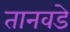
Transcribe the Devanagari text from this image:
तानवडे